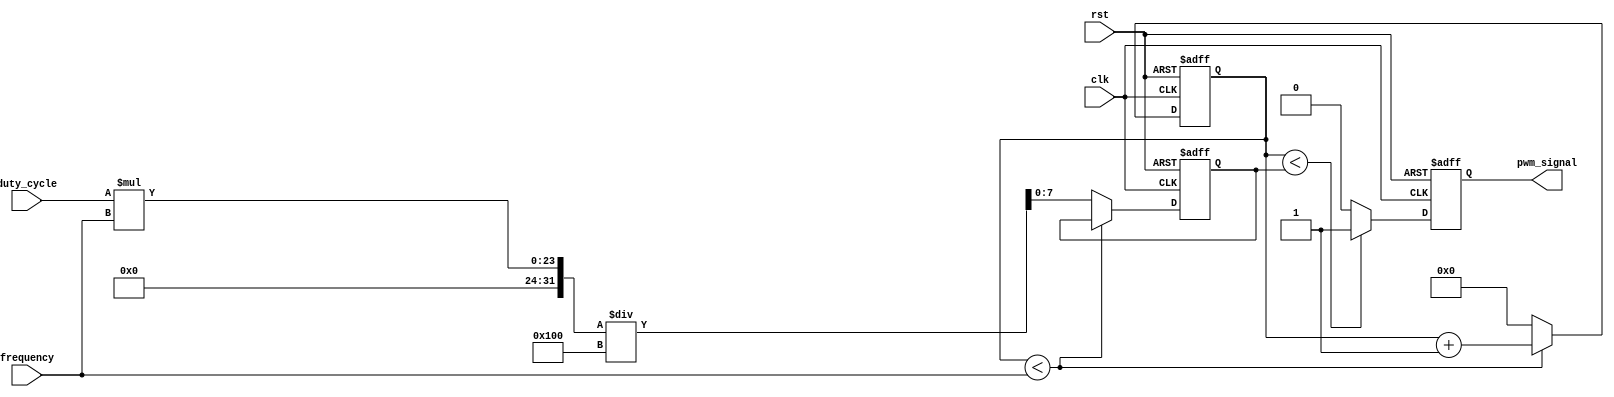
module PWM_Pulse_Generator (
    input wire clk,
    input wire rst,
    input wire [7:0] duty_cycle,
    input wire [15:0] frequency,
    output reg pwm_signal
);

reg [7:0] pulse_width;
reg [15:0] counter;

always @(posedge clk or posedge rst) begin
    if (rst) begin
        pulse_width <= 0;
        counter <= 0;
        pwm_signal <= 0;
    end else begin
        if (counter < frequency) begin
            counter <= counter + 1;
        end else begin
            pulse_width <= (duty_cycle * frequency) / 256;
            counter <= 0;
        end
        
        if (counter < pulse_width) begin
            pwm_signal <= 1;
        end else begin
            pwm_signal <= 0;
        end
    end
end

endmodule